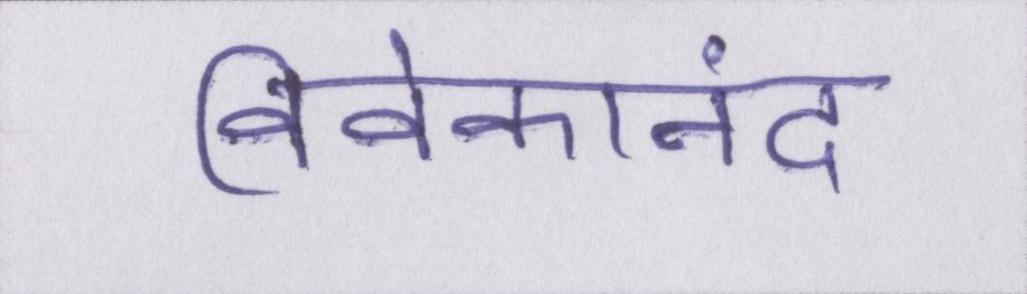
विवेकानंद